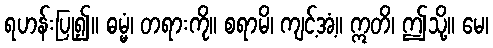
ရဟန်းပြု၍။ ဓမ္မံ၊ တရားကို။ စရာမိ၊ ကျင့်အံ့။ ဣတိ၊ ဤသို့။ မေ၊